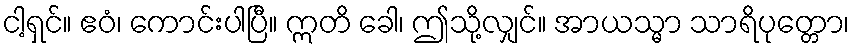
ငါ့ရှင်။ ဧဝံ၊ ကောင်းပါပြီ။ ဣတိ ခေါ၊ ဤသို့လျှင်။ အာယသ္မာ သာရိပုတ္တော၊